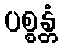
ပစ္စန္တံ